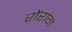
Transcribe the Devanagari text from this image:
रोंरांग